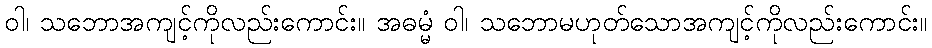
ဝါ၊ သဘောအကျင့်ကိုလည်းကောင်း။ အဓမ္မံ ဝါ၊ သဘောမဟုတ်သောအကျင့်ကိုလည်းကောင်း။